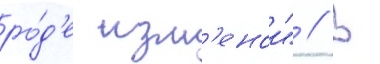
ро́д'е изм'енои" // В